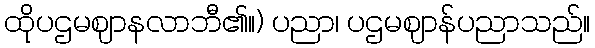
ထိုပဌမဈာနလာဘီ၏။) ပညာ၊ ပဌမဈာန်ပညာသည်။